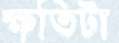
ক্ষতিটা